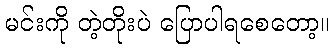
မင်းကို တဲ့တိုးပဲ ပြောပါရစေတော့။